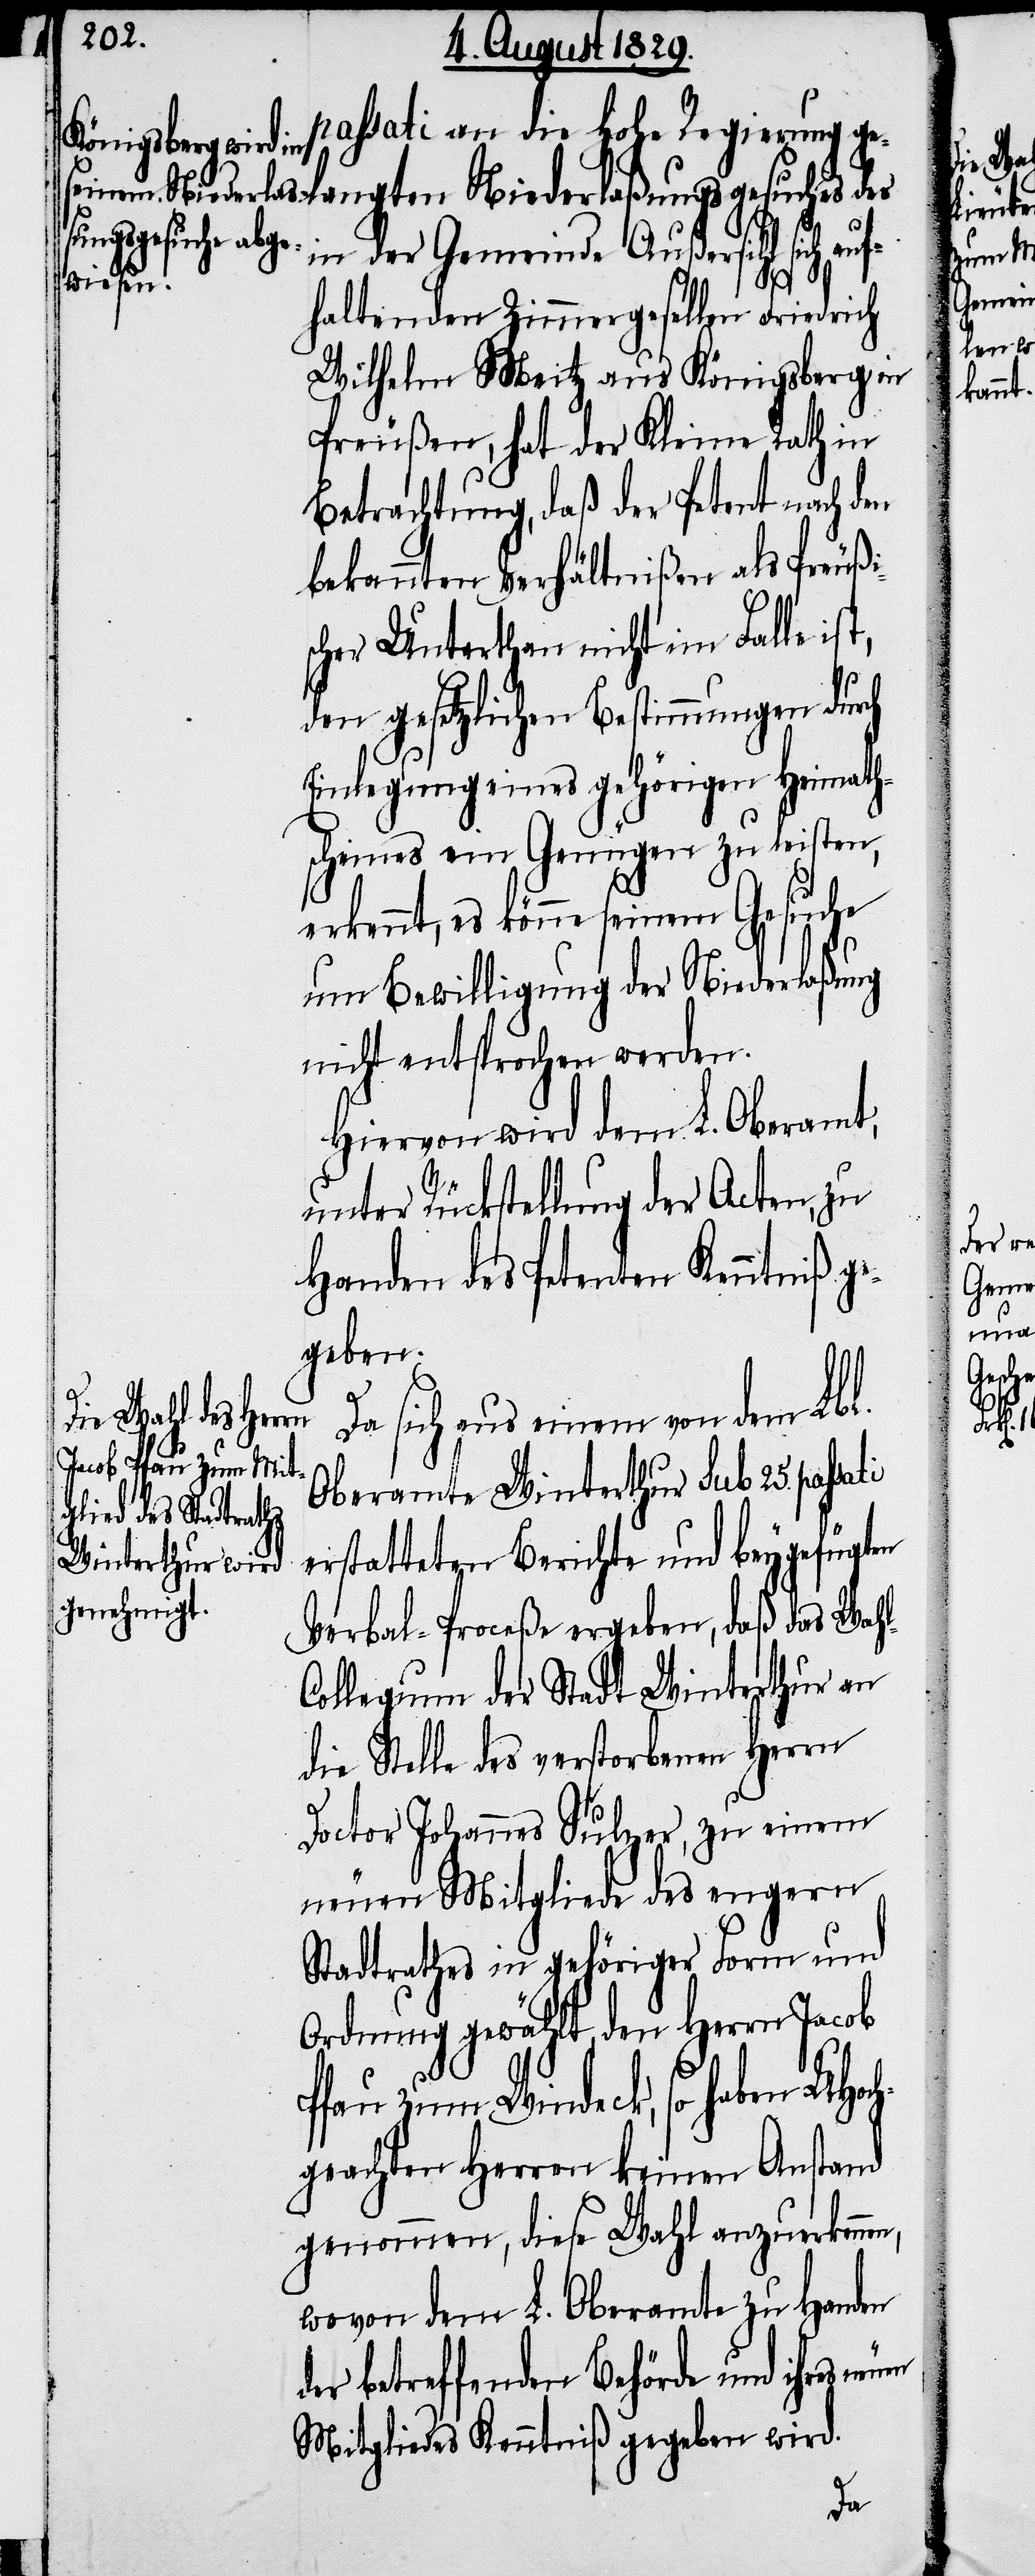
passati an die Hohe Regierung ge¬
in der Gemeinde Außersihl
sich au¬
fhaltenden Zimmergesellen Friedrich
Wilhelm Meitz aus Königsberg in
Preußen, hat der Kleine Rath in
Betrachtung, daß der Petent nach den
bekannten Verhältnißen als Preußi¬
scher Unterthan nicht im Falle is¬
den gesetzlichen Bestimmungen durch
Einlegung eines gehörigen Heimath¬
scheines ein Genügen zu leisten,
erkennt, es könne seinem Gesuche
um Bewilligung der Niederlaßung
nicht entsprochen werden.
Hiervon wird dem L. Oberamt,
unter Rückstellung der Acten, zu
Handen des Petenten Kenntniß g¬
egeben.
Da sich aus einem von dem Lbl.
Oberamte Winterthur sub 25. pass¬
erstatteten Berichte und beygefügten
Verbal-Proceße ergeben, daß das Wah¬
ollegium der Stadt Winterthur an
die Stelle des verstorbenen Herrn
Doctor Johannes Sulzer, zu einem
neuen Mitgliede des engern
Stadtrathes in gehöriger Form und
Ordnung gewählt, den Herrn Jacob
Pfau zum Windeck, so haben UHoc¬
hgeachten Herren keinen Anstand
genommen, diese Wahl anzuerkenne¬
wovon dem L. Oberamte zu Handen
der betreffenden Behörde und ihres n¬
Mitgliedes Kenntniß gegeben wird.

n,

l-C¬
euen